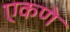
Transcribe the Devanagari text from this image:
एकणे